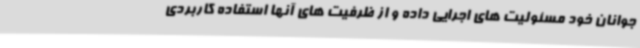
جوانان خود مسئولیت های اجرایی داده و از ظرفیت های آنها استفاده کاربردی